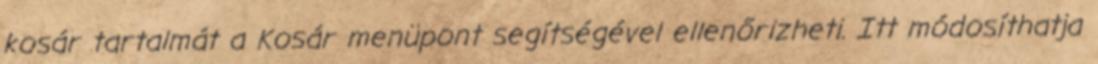
kosár tartalmát a Kosár menüpont segítségével ellenőrizheti. Itt módosíthatja